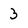
Character: 3